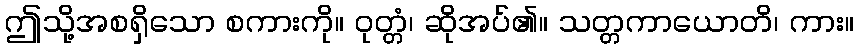
ဤသို့အစရှိသော စကားကို။ ဝုတ္တံ၊ ဆိုအပ်၏။ သတ္တကာယောတိ၊ ကား။